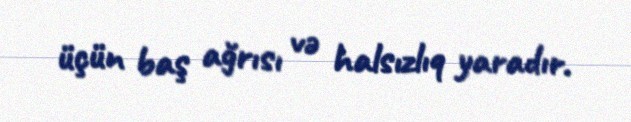
üçün baş ağrısı və halsızlıq yaradır.